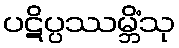
ပဋိပ္ပဿမ္ဘိံသု